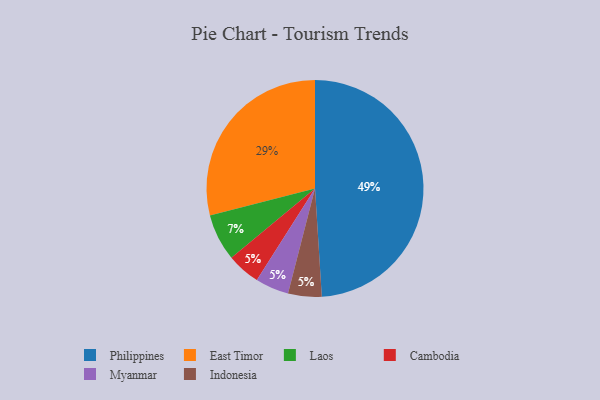
{"axis": {"x": "Category", "y": "Percentage"}, "legend": ["Cambodia", "East Timor", "Indonesia", "Laos", "Myanmar", "Philippines"], "data": [{"x": "Cambodia", "y": 5, "type": "Cambodia"}, {"x": "Laos", "y": 7, "type": "Laos"}, {"x": "Myanmar", "y": 5, "type": "Myanmar"}, {"x": "Indonesia", "y": 5, "type": "Indonesia"}, {"x": "Philippines", "y": 49, "type": "Philippines"}, {"x": "East Timor", "y": 29, "type": "East Timor"}]}